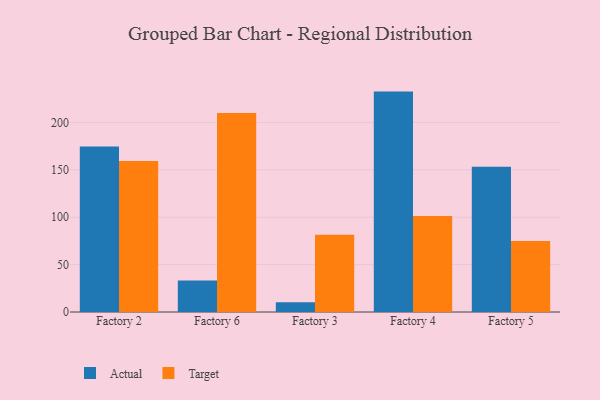
{"axis": {"x": "Factory", "y": "Temperature (°C)"}, "legend": ["Actual", "Target"], "data": [{"x": "Factory 2", "y": 174.7, "type": "Actual"}, {"x": "Factory 2", "y": 159.3, "type": "Target"}, {"x": "Factory 6", "y": 33.3, "type": "Actual"}, {"x": "Factory 6", "y": 209.9, "type": "Target"}, {"x": "Factory 3", "y": 10.4, "type": "Actual"}, {"x": "Factory 3", "y": 81.4, "type": "Target"}, {"x": "Factory 4", "y": 232.5, "type": "Actual"}, {"x": "Factory 4", "y": 101.4, "type": "Target"}, {"x": "Factory 5", "y": 153.3, "type": "Actual"}, {"x": "Factory 5", "y": 74.8, "type": "Target"}]}